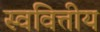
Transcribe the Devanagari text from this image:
स्ववित्तीय